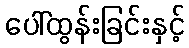
ပေါ်ထွန်းခြင်းနှင့်